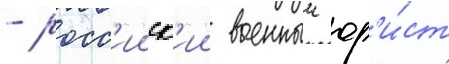
- росс'ииск'ии военныи юр'и́ст